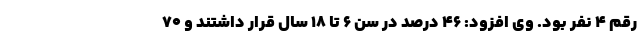
رقم ۴ نفر بود. وی افزود: ۴۶ درصد در سن ۶ تا ۱۸ سال قرار داشتند و ۷۰